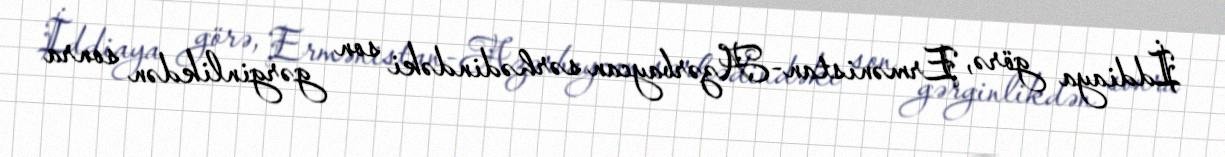
İddiaya görə, Ermənistan-Azərbaycan sərhədindəki son gərginlikdən sonra